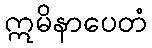
ဣမိနာပေတံ